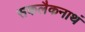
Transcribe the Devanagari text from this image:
सकलैकनाथं